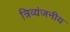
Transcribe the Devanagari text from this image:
त्रिव्यंजनीय